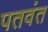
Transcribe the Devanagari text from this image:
पतवंत